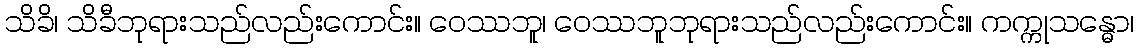
သိခိ၊ သိခီဘုရားသည်လည်းကောင်း။ ဝေဿဘူ၊ ဝေဿဘူဘုရားသည်လည်းကောင်း။ ကက္ကုသန္ဓော၊